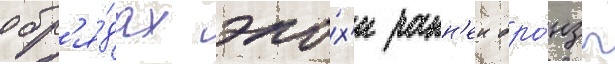
обр'я́дах эпо́х'и ранн'еи бро́нзы